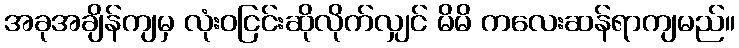
အခုအချိန်ကျမှ လုံးဝငြင်းဆိုလိုက်လျှင် မိမိ ကလေးဆန်ရာကျမည်။